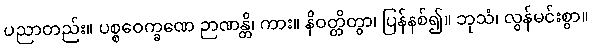
ပညာတည်း။ ပစ္စဝေက္ခဏေ ဉာဏန္တိ၊ ကား။ နိဝတ္တိတွာ၊ ပြန်နစ်၍။ ဘုသံ၊ လွန်မင်းစွာ။